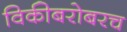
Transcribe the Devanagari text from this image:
विकीबरोबरच